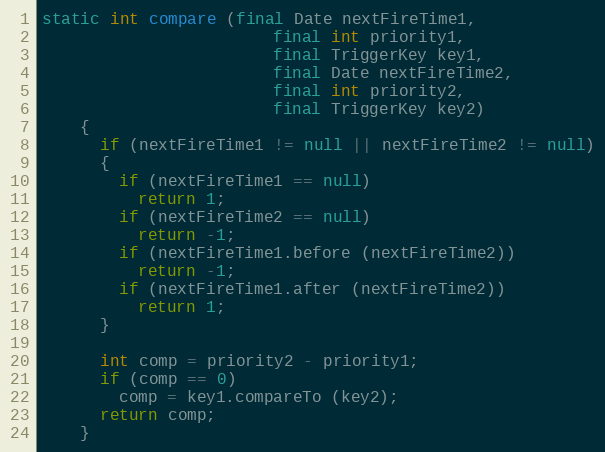
Language: Java
static int compare (final Date nextFireTime1,
                        final int priority1,
                        final TriggerKey key1,
                        final Date nextFireTime2,
                        final int priority2,
                        final TriggerKey key2)
    {
      if (nextFireTime1 != null || nextFireTime2 != null)
      {
        if (nextFireTime1 == null)
          return 1;
        if (nextFireTime2 == null)
          return -1;
        if (nextFireTime1.before (nextFireTime2))
          return -1;
        if (nextFireTime1.after (nextFireTime2))
          return 1;
      }

      int comp = priority2 - priority1;
      if (comp == 0)
        comp = key1.compareTo (key2);
      return comp;
    }